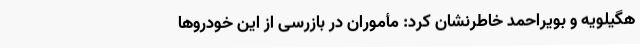
هگیلویه و بویراحمد خاطرنشان کرد: مأموران در بازرسی از این خودروها